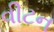
વીટન